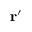
\mathbf { r } ^ { \prime }